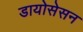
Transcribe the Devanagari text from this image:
डायोसेसन